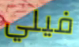
فيلي